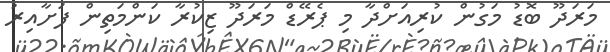
މަރަދޫ ބޮޑު މަގުން ކުރިއަށްދާ މި ޕެރޭޑް މަރަދޫ ޒިކުރާ ކަންމަތިން ފަށާއިރު